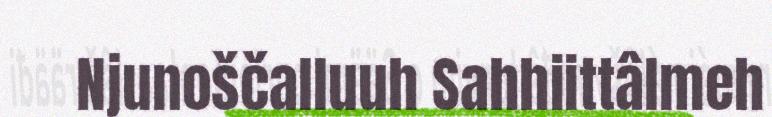
Njunoščalluuh Sahhiittâlmeh